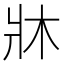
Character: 牀